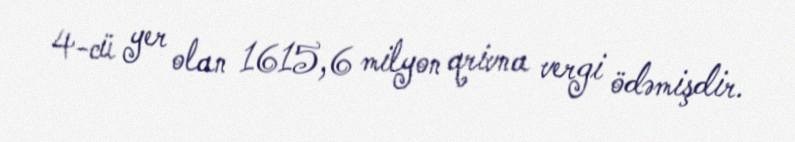
4-cü yer olan 1615,6 milyon qrivna vergi ödəmişdir.